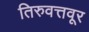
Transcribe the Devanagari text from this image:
तिरुवत्तवूर